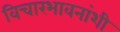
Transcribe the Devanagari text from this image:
विचारभावनांशी